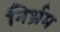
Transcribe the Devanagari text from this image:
निर्भ्रम